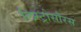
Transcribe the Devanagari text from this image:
लिस्ट्रोसौरस